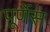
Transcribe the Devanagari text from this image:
पूर्णेस